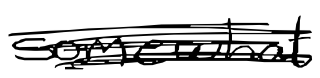
Text: somewhat
Cross-out: scratch
Writing tool: digital_black